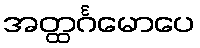
အတ္ထင်္ဂမောပေ